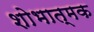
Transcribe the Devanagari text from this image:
शोभात्मक